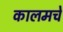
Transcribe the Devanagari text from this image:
कालमचे